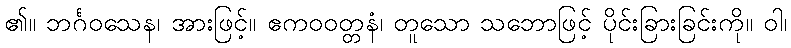
၏။ ဘင်္ဂဝသေန၊ အားဖြင့်။ ဧကဝဝတ္တနံ၊ တူသော သဘောဖြင့် ပိုင်းခြားခြင်းကို။ ဝါ၊